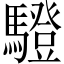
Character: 䮴